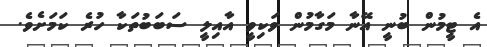
އެ ޓީމުން ބުނީ އޭނާ މަގާމުން ވަކިވީ އާއިލީ ސަބަބުތަކާ ހުރެ ކަމަށެވެ.